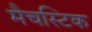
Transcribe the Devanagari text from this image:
मैचस्टिक